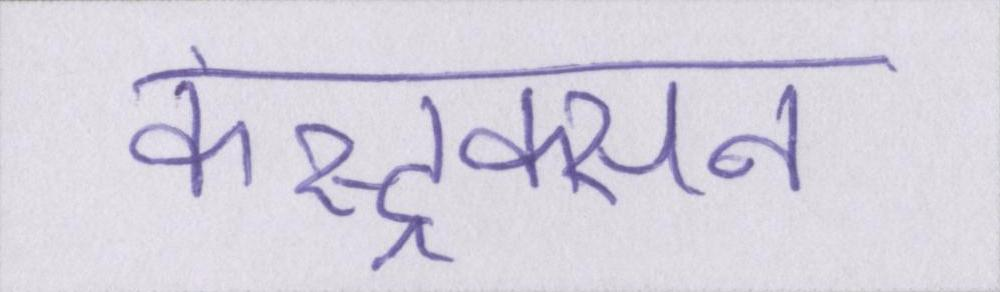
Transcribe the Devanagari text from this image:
कंस्ट्रक्सन